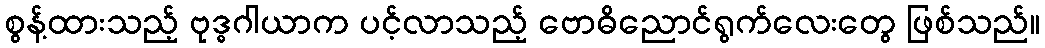
စွန့်ထားသည့် ဗုဒ္ဓဂါယာက ပင့်လာသည့် ဗောဓိညောင်ရွက်လေးတွေ ဖြစ်သည်။